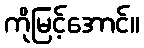
ကိုမြင့်အောင်။